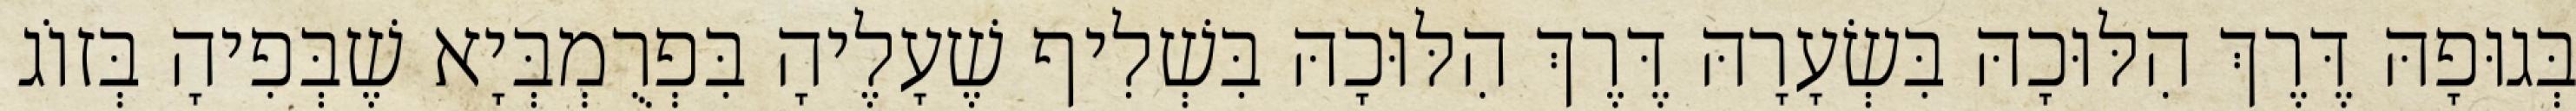
בְּגוּפָהּ דֶּרֶךְ הִלּוּכָהּ בִּשְׂעָרָהּ דֶּרֶךְ הִלּוּכָהּ בִּשְׁלִיף שֶׁעָלֶיהָ בִּפְרֻמְבְּיָא שֶׁבְּפִיהָ בְּזוֹג